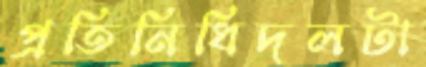
প্রতিনিধিদলটা